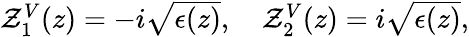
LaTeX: \begin{array}{r}{\mathcal{Z}_{1}^{V}(z)=-i\sqrt{\epsilon(z)},\quad\mathcal{Z}_{2}^{V}(z)=i\sqrt{\epsilon(z)},}\end{array}